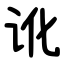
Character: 讹